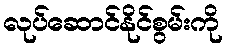
လုပ်ဆောင်နိုင်စွမ်းကို